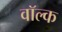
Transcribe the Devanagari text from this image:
वॉल्क